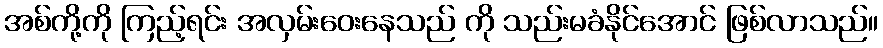
အစ်ကို့ကို ကြည့်ရင်း အလှမ်းဝေးနေသည် ကို သည်းမခံနိုင်အောင် ဖြစ်လာသည်။